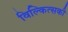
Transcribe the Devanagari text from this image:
विल्कित्सकी